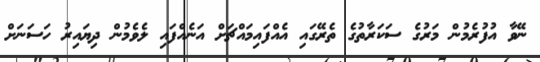
ނޭވާ އުފުރެމުން މަރުގެ ސަކަރާތުގެ ތެރޭގައި އެއްފައިމައްޗަށް އަނެއްފައި ލެވެމުން ދިޔައިރު ހަސަނަށް